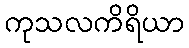
ကုသလကိရိယာ